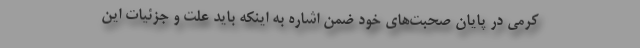
کرمی در پایان صحبت‌های خود ضمن اشاره به اینکه باید علت و جزئیات این